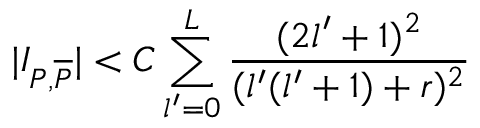
\vert I _ { P , \overline { { { P } } } } \vert < C \sum _ { l ^ { \prime } = 0 } ^ { L } { \frac { ( 2 l ^ { \prime } + 1 ) ^ { 2 } } { ( l ^ { \prime } ( l ^ { \prime } + 1 ) + r ) ^ { 2 } } }